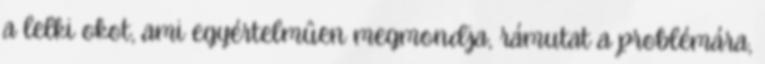
a lelki okot, ami egyértelmûen megmondja, rámutat a problémára,